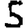
Digit: 5